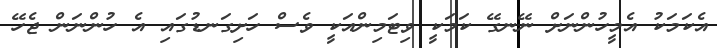
އެކަމަކު އެމީހުންނަށް ނޭނގޭ ކަމަކީ ވިޓަމިންއަކީ ވެސް ހަށިގަނޑުގައި އެ ހުންނަން ޖެހޭ